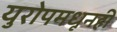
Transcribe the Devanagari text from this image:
युरोपमधूनही